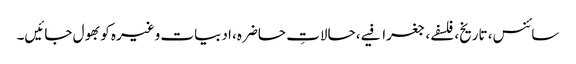
سائنس، تاریخ، فلسفے، جغرافیے، حالاتِ حاضرہ، ادبیات وغیرہ کو بھول جائیں۔